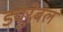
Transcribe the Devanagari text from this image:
ड्यूरेबल